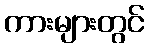
ကားများတွင်